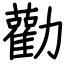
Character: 勸